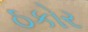
ઠકોર